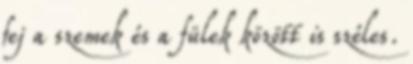
fej a szemek és a fülek között is széles.